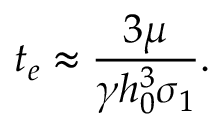
t _ { e } \approx \frac { 3 \mu } { \gamma h _ { 0 } ^ { 3 } \sigma _ { 1 } } .